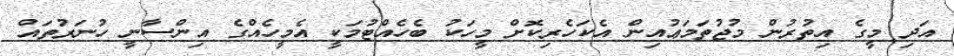
އަދި މީގެ އިތުރުން މުޖުތަމަޢުއިން އެކަހެރިކޮށް މީހަކު ބެހެއްޓުމަކީ އެމީހެއްގެ އިންސާނީ ހުނަރުތައް